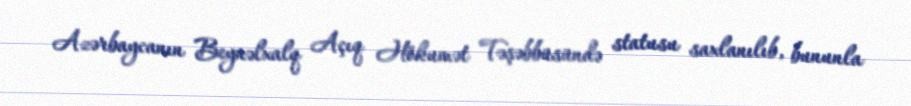
Azərbaycanın Beynəlxalq Açıq Hökumət Təşəbbüsündə statusu saxlanılıb, bununla